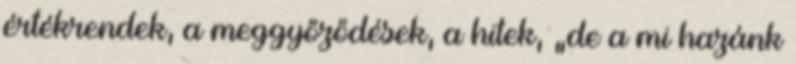
értékrendek, a meggyőződések, a hitek, „de a mi hazánk